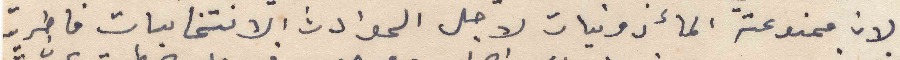
لان ممنوعة المأذونيات لاجل الحوادث الانتخابات فاطريت